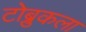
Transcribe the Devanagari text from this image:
टोब्रुकला